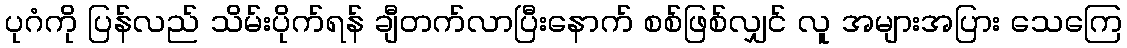
ပုဂံကို ပြန်လည် သိမ်းပိုက်ရန် ချီတက်လာပြီးနောက် စစ်ဖြစ်လျှင် လူ အများအပြား သေကြေ